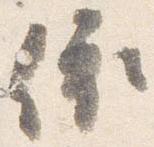
依